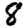
Digit: 8